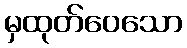
မှထုတ်ဝေသော